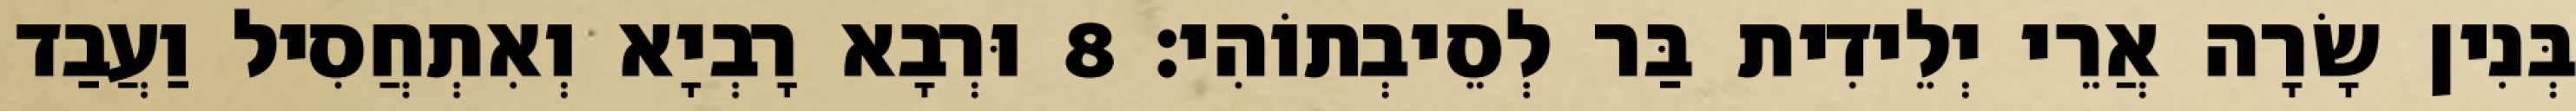
בְּנִין שָׂרָה אֲרֵי יְלֵידִית בַּר לְסֵיבְתוֹהִי׃ 8 וּרְבָא רָבְיָא וְאִתְחֲסִיל וַעֲבַד